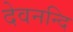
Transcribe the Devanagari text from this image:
देवनन्दि